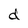
Character: d